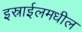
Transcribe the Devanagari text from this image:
इस्राईलमधील